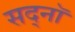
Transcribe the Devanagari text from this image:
सद्नॉ